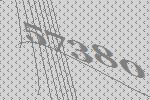
57380